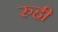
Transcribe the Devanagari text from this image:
रुही